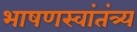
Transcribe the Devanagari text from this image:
भाषणस्वांतंत्र्य